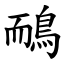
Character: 鴯